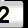
Digit: 2